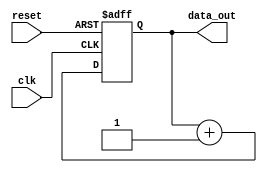
module simple_block (
    input wire clk,
    input wire reset,
    output wire [7:0] data_out
);
    // Example logic: simple counter
    reg [7:0] counter;

    always @(posedge clk or posedge reset) begin
        if (reset) begin
            counter <= 8'b0;
        end else begin
            counter <= counter + 1;
        end
    end
    
    assign data_out = counter;

endmodule